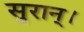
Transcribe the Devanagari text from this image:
सुरान्।